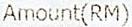
AMOUNT(RM)